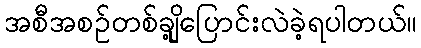
အစီအစဉ်တစ်ချို့ပြောင်းလဲခဲ့ရပါတယ်။